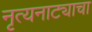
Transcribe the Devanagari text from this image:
नृत्यनाट्याचा